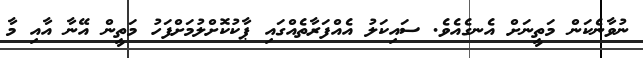
ނުވާނެކަން މަތީނަށް އެނގެއެވެ. ސައިކަލު އެއްފަރާތެއްގައި ޕާކުކޮށްލުމަށްފަހު މަތީން އޭނާ އާއި މާ